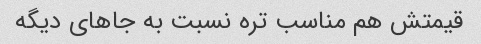
قیمتش هم مناسب تره نسبت به جاهای دیگه